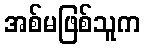
အစ်မဖြစ်သူက